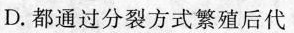
D. 都通过分裂方式繁殖后代